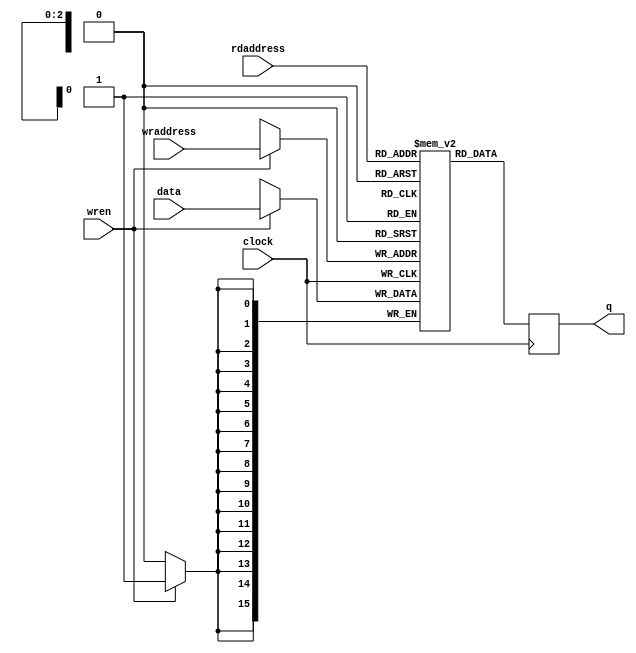
// behavioural verison of stackram

module stackram(data, wren, wraddress, rdaddress, clock, q);
   input [15:0] data;
   input 	wren;
   input [2:0] 	wraddress;
   input [2:0] 	rdaddress;
   input 	clock;
   output [15:0] q;

   reg [15:0] 	 ram[0:7];
   reg [15:0] 	 q;

   always @(posedge clock)
     begin
	if(wren) ram[wraddress] <= data;
	q <= ram[rdaddress];
     end
   
endmodule // stackram